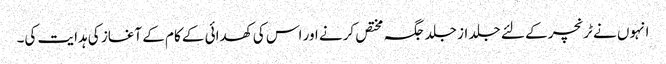
انہوں نے ٹرنچر کے لئے جلد از جلد جگہ مختص کرنے اور اس کی کھدائی کے کام کے آغاز کی ہدایت کی۔